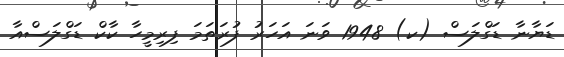
ޑަޔާނާ ޑަގްލަސް (ކ) 1948 ވަނަ އަހަރު ފުރަތަމަ ފިރިމީހާ ކާކް ޑަގްލަސްއާ